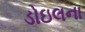
ડોઇલના